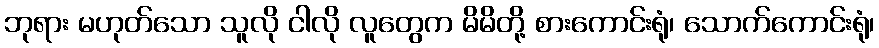
ဘုရား မဟုတ်သော သူလို ငါလို လူတွေက မိမိတို့ စားကောင်းရုံ၊ သောက်ကောင်းရုံ၊